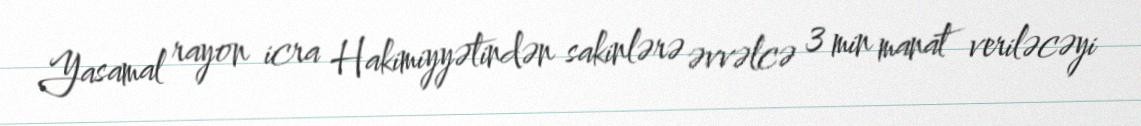
Yasamal rayon icra Hakimiyyətindən sakinlərə əvvəlcə 3 min manat veriləcəyi